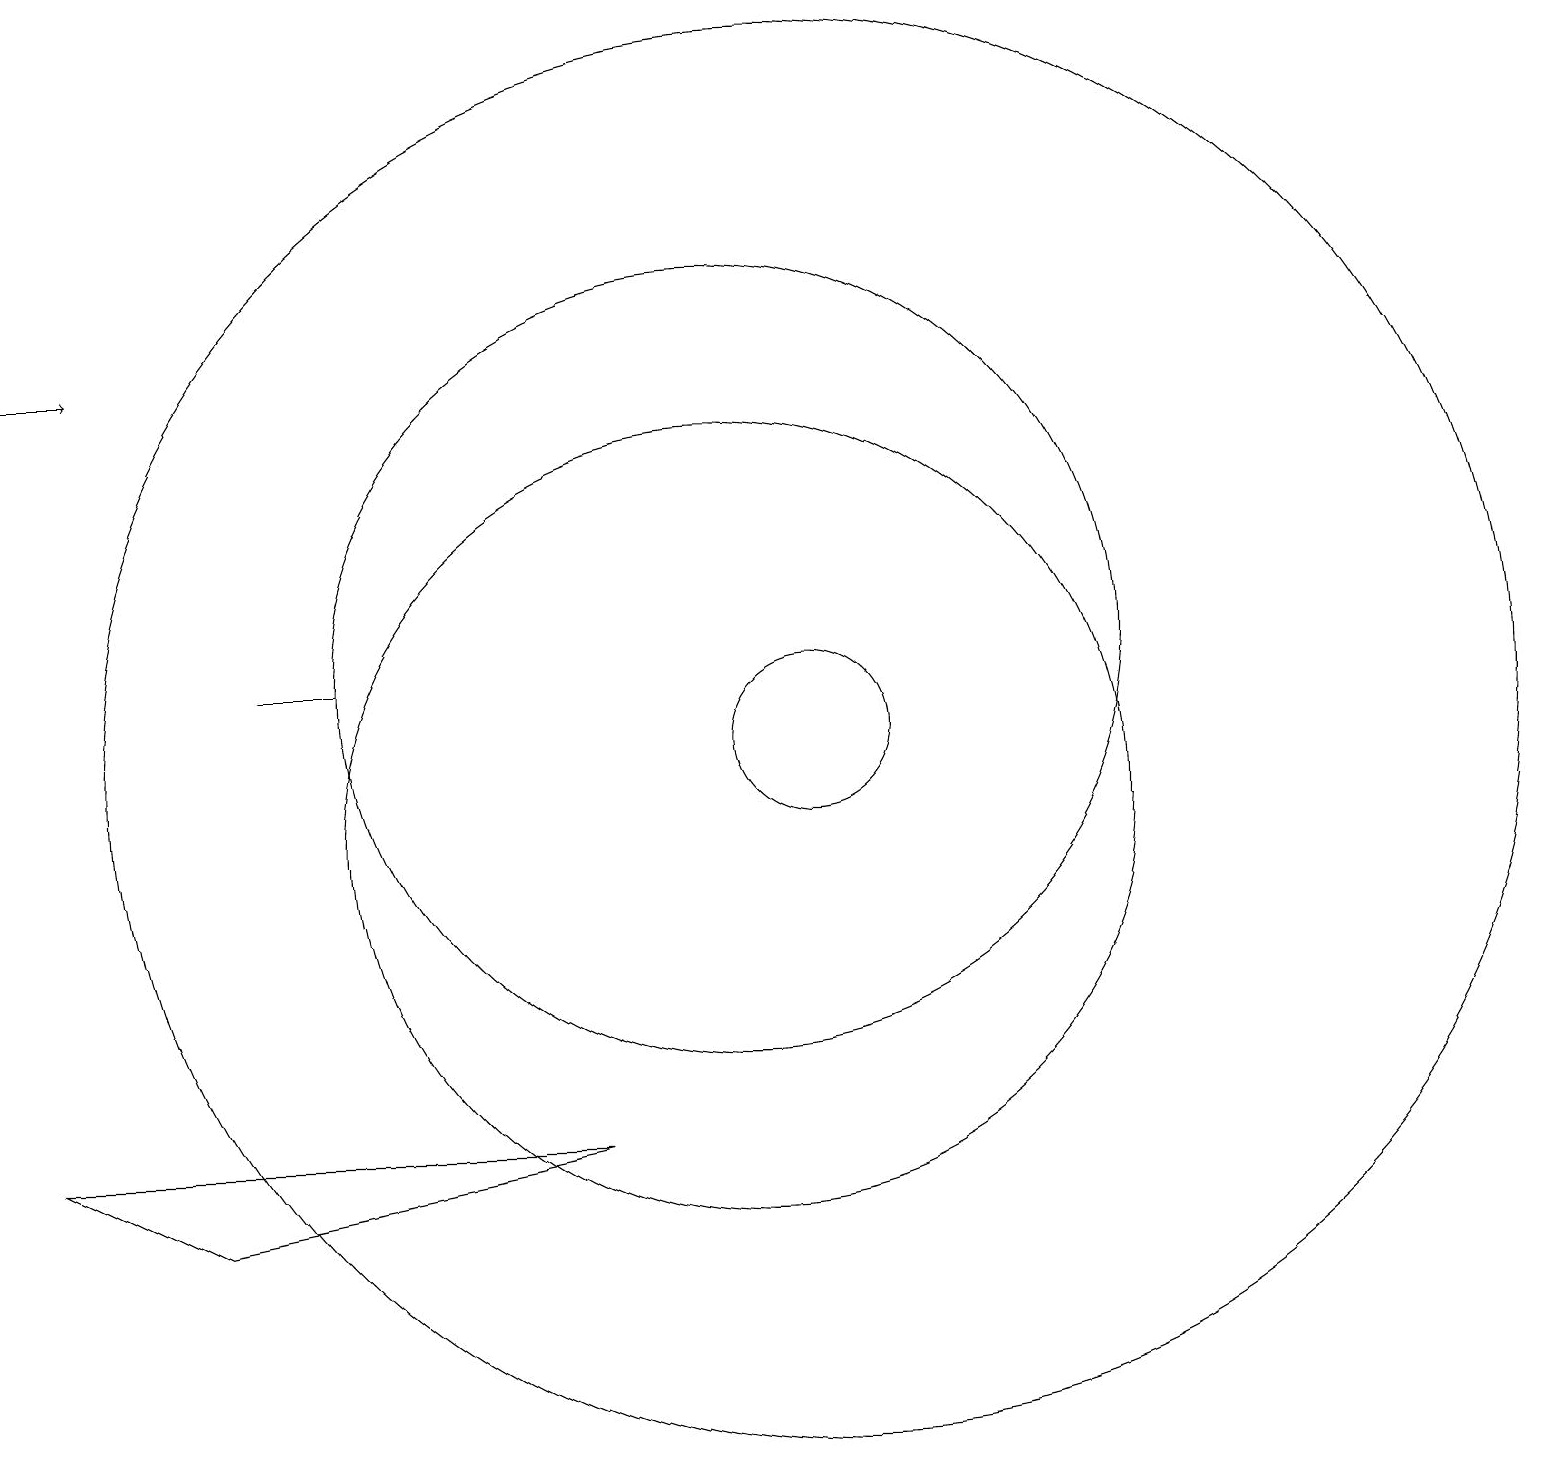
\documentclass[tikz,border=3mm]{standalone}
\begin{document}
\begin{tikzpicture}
\draw (11,10) circle (5);
\draw (12,11) circle (9);
\draw (6,12) rectangle (5,12);
\draw (12,11) circle (1);
\draw (11,12) circle (5);
\draw[->] (2,16) -- (3,16);
\draw (9,6) -- (4,5) -- (2,6) -- cycle;
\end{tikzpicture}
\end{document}